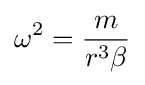
\omega ^{2}={\frac {m}{r^{3}\beta }}